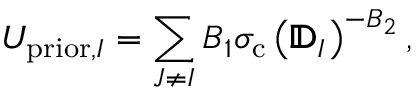
U _ { \mathrm { p r i o r } , I } = \sum _ { J \neq I } B _ { 1 } \sigma _ { \mathrm { c } } \left( \pmb { \mathbb { D } } _ { I } \right) ^ { - B _ { 2 } } ,